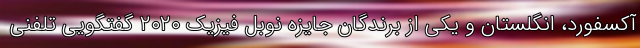
آکسفورد، انگلستان و یکی از برندگان جایزه نوبل فیزیک ۲۰۲۰ گفتگویی تلفنی